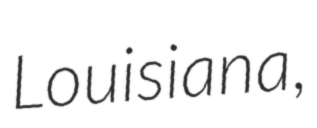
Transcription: Louisiana,